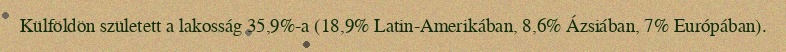
Külföldön született a lakosság 35,9%-a (18,9% Latin-Amerikában, 8,6% Ázsiában, 7% Európában).